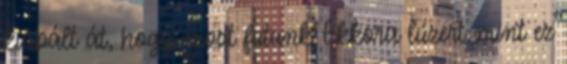
kiabált át, hogy most futunk Ekkora lúzert mint ez